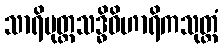
သာရိပုတ္တသဒ္ဓိဝိဟာရိကသုတ္တံ